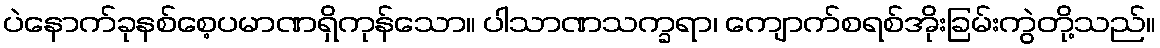
ပဲနောက်ခုနစ်စေ့ပမာဏရှိကုန်သော။ ပါသာဏသက္ခရာ၊ ကျောက်စရစ်အိုးခြမ်းကွဲတို့သည်။